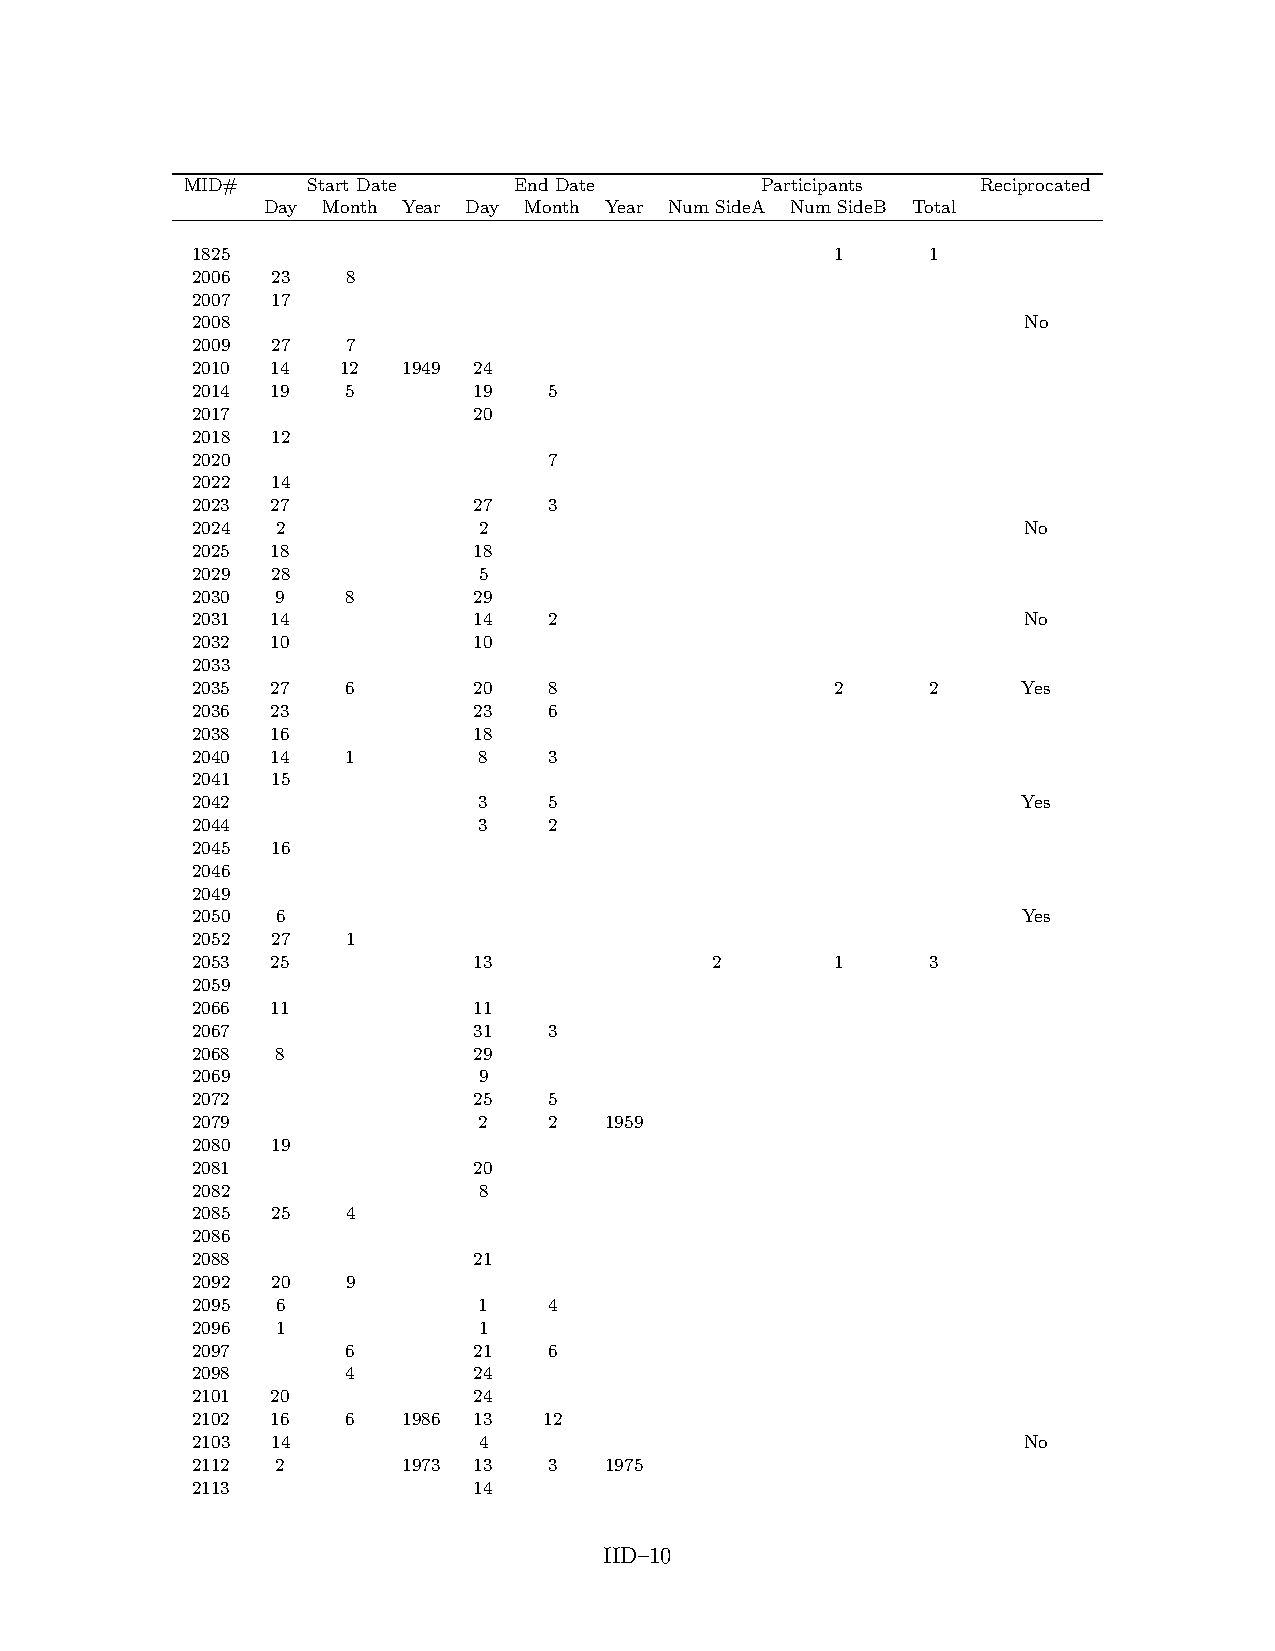
MID#    Start Date    End Date        Participants   Reciprocated
 Day Month Year Day Month Year Num SideA Num SideB Total
 1825                                      1      1
 2006 23   8
 2007 17
 2008                                                   No
 2009 27   7
 2010 14   12  1949 24
 2014 19   5       19   5
 2017              20
 2018 12
 2020                   7
 2022 14
 2023 27           27   3
 2024 2             2                                   No
 2025 18           18
 2029 28            5
 2030 9    8       29
 2031 14           14   2                               No
 2032 10           10
 2033
 2035 27   6       20   8                  2      2     Yes
 2036 23           23   6
 2038 16           18
 2040 14   1        8   3
 2041 15
 2042               3   5                               Yes
 2044               3   2
 2045 16
 2046
 2049
 2050 6                                                 Yes
 2052 27   1
 2053 25           13              2       1      3
 2059
 2066 11           11
 2067              31   3
 2068 8            29
 2069               9
 2072              25   5
 2079               2   2   1959
 2080 19
 2081              20
 2082               8
 2085 25   4
 2086
 2088              21
 2092 20   9
 2095 6             1   4
 2096 1             1
 2097      6       21   6
 2098      4       24
 2101 20           24
 2102 16   6   1986 13  12
 2103 14            4                                   No
 2112 2        1973 13  3   1975
 2113              14
 IID–10